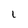
Character: L